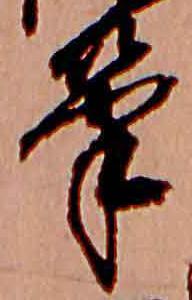
筆